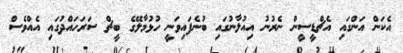
އެކަން އަންގައި އެޗްޑީސީން ނެރުނު އިއުލާނުގައި ބުނެފައިވަނީ ހުޅުމާލޭގެ ބީޗް ސަރަހައްދުގައި އެއްވެސް